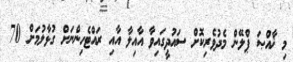
މި ޚާއްޞަ ޕްލޭން މެދުވެރިކޮށް ސައުދީގައިވާ އާއިލާ އާއި ރައްޓެހިންނަށް ގުޅާލުމަށް 70